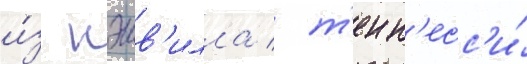
и́з нэшв'илла / т'енн'есс'и́